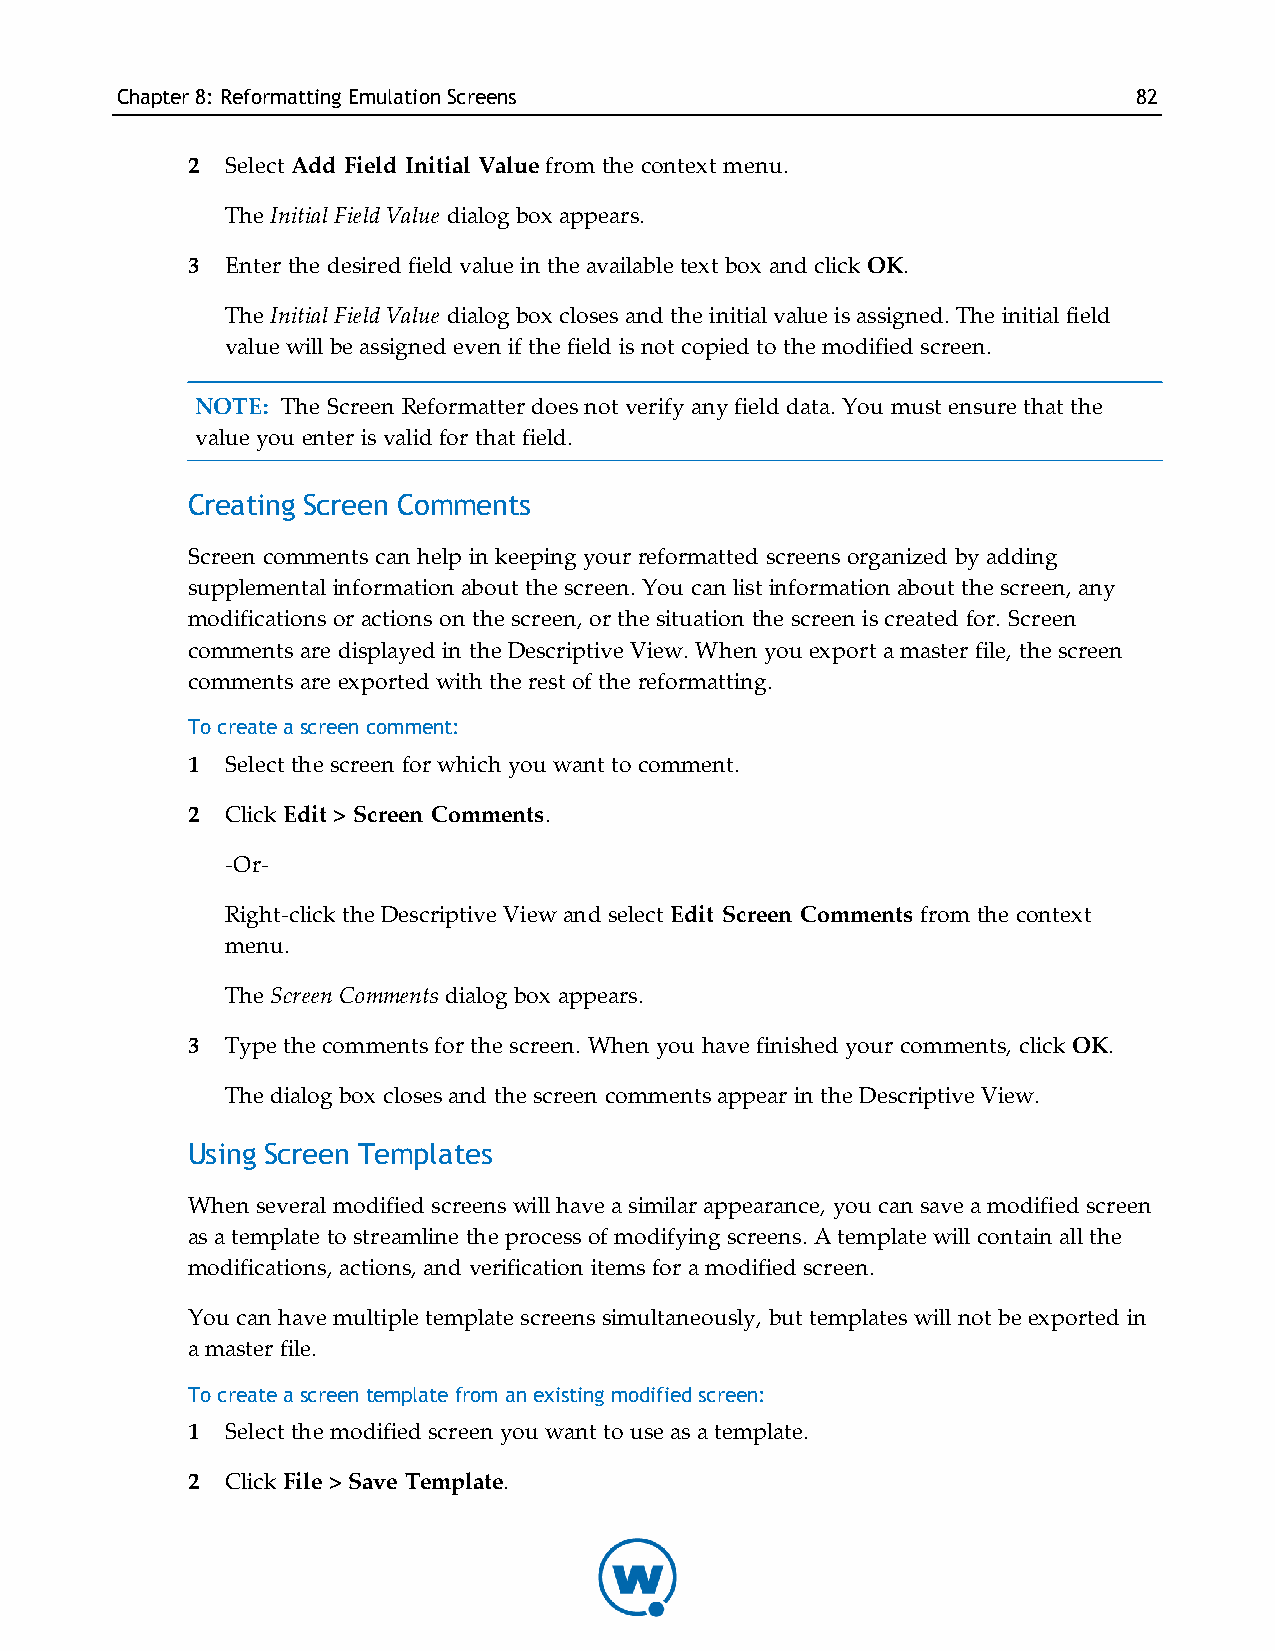
Chapter8: Reformatting EmulationScreens                            82
 2  Select Add Field Initial Value from the context menu.
 The Initial Field Value dialog box appears.
 3  Enter the desired field value in the available text box and click OK.
 The Initial Field Value dialog box closes and the initial value is assigned. The initial field
 value will be assigned even if the field is not copied to the modified screen.
 NOTE: The Screen Reformatter does not verify any field data. You must ensure that the
 value you enter is valid for that field.
 Creating Screen Comments
 Screen comments can help in keeping your reformatted screens organized by adding
 supplemental information about the screen. You can list information about the screen, any
 modifications or actions on the screen, or the situation the screen is created for. Screen
 comments are displayed in the Descriptive View. When you export a master file, the screen
 comments are exported with the rest of the reformatting.
 To create a screen comment:
 1  Select the screen for which you want to comment.
 2  Click Edit > Screen Comments.
 -Or-
 Right-click the Descriptive View and select Edit Screen Comments from the context
 menu.
 The Screen Comments dialog box appears.
 3  Type the comments for the screen. When you have finished your comments, click OK.
 The dialog box closes and the screen comments appear in the Descriptive View.
 Using Screen Templates
 When several modified screens will have a similar appearance, you can save a modified screen
 as a template to streamline the process of modifying screens. A template will contain all the
 modifications, actions, and verification items for a modified screen.
 You can have multiple template screens simultaneously, but templates will not be exported in
 a master file.
 To create a screen template from an existing modified screen:
 1  Select the modified screen you want to use as a template.
 2  Click File > Save Template.